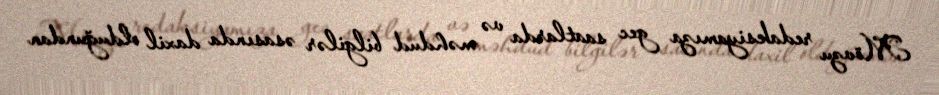
Mövzu redaksiyamıza gec saatlarda və məhdud bilgilər əsasında daxil olduğundan